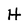
Character: H